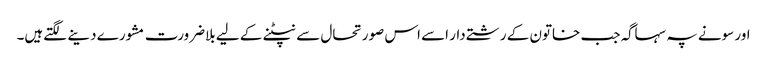
اور سونے پہ سہاگہ جب خاتون کے رشتےدار اسے اس صورتحال سے نپٹنے کے لیے بلاضرورت مشورے دینے لگتےہیں۔